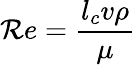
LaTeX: \mathcal{R}e={\frac{{l_{c}v\rho}}{{\mu}}}